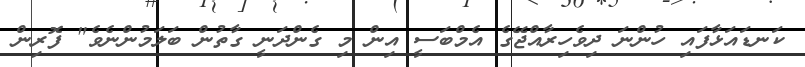
ކަނޑައަޅާފައި ހުންނަ ދިވެހިރާއްޖޭގެ އެމްބަސީ އިން މި ގެންދަނީ ގާތުން ބަލަމުންނެވެ" ފޮރިން